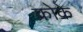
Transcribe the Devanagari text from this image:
क्रोके